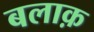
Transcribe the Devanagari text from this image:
बलाक़